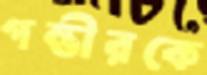
গম্ভীরকে